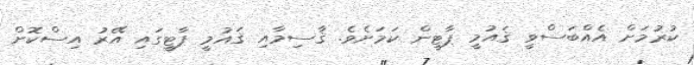
ކުރުމަށް އެއްބަސްވީ ޤައުމީ ޕާޓީން ކަމަށެވެ. ޤާސިމާއި ޤައުމީ ޕާޓީގައި އޭރު އިސްކޮށް